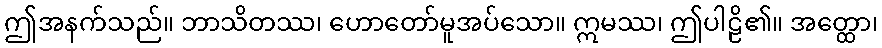
ဤအနက်သည်။ ဘာသိတဿ၊ ဟောတော်မူအပ်သော။ ဣမဿ၊ ဤပါဠိ၏။ အတ္ထော၊